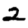
Digit: 2